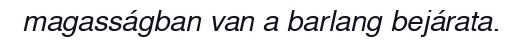
magasságban van a barlang bejárata.